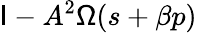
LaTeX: \mathsf{I}-A^{2}{\mathsf{\Omega}}(s+\beta p)